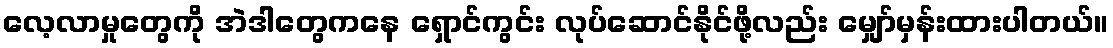
လေ့လာမှုတွေကို အဲဒါတွေကနေ ရှောင်ကွင်း လုပ်ဆောင်နိုင်ဖို့လည်း မျှော်မှန်းထားပါတယ်။